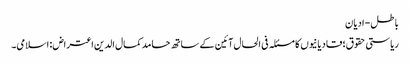
باطل- ادیان
ریاستی حقوق؛ قادیانیوں کا مسئلہ فی الحال آئین کے ساتھ حامد کمال الدین اعتراض: اسلامی۔